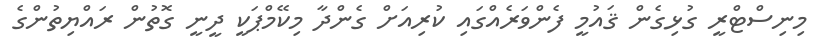
މިނިސްޓްރީ ގުޅިގެން ޤައުމީ ފެންވަރެއްގައި ކުރިއަށް ގެންދާ މިކޭމްޕަކީ ދީނީ ގޮތުން ރައްޔިތުންގެ